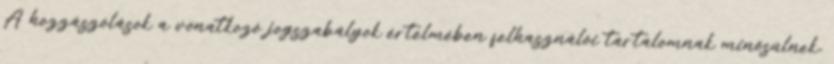
A hozzászólások a vonatkozó jogszabályok értelmében felhasználói tartalomnak minősülnek,